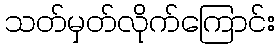
သတ်မှတ်လိုက်ကြောင်း